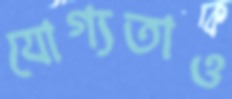
যোগ্যতাও